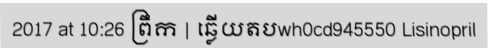
2017 at 10:26 ព្រឹក | ឆ្លើយតបwh0cd945550 Lisinopril